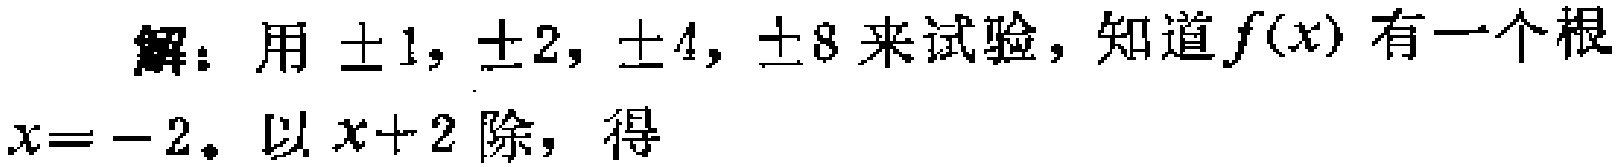
解：用$\pm1,\pm2,\pm4,\pm8$来试验，知道$f(x)$有一个根$x = - 2$。以$x + 2$除，得